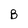
Character: B